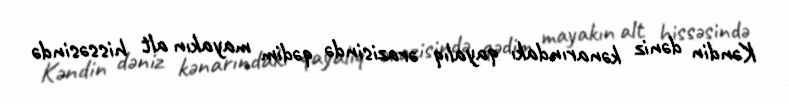
Kəndin dəniz kənarındakı qayalıq ərazisində qədim mayakın alt hissəsində